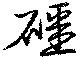
礓